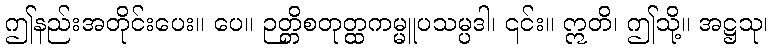
ဤနည်းအတိုင်းပေး။ ပေ။ ဉတ္တိစတုတ္ထကမ္မူပသမ္ပဒါ၊ ၎င်း။ ဣတိ၊ ဤသို့။ အဋ္ဌသု၊